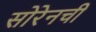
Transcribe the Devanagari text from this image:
सोरेनची